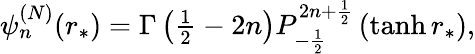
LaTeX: \begin{array}{r}{\psi_{n}^{(N)}(r_{*})=\Gamma\left(\frac{1}{2}-2n\right)P_{-\frac{1}{2}}^{2n+\frac{1}{2}}\left(\operatorname{tanh}r_{*}\right),}\end{array}